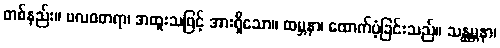
တစ်နည်း။ ဗလဝတရာ၊ အထူးသဖြင့် အားရှိသော။ ထမ္ဘနာ၊ ထောက်ပံ့ခြင်းသည်။ သန္ထမ္ဘနာ၊